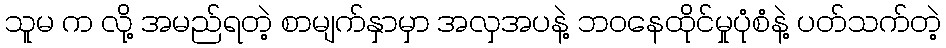
သူမ က လို့ အမည်ရတဲ့ စာမျက်နှာမှာ အလှအပနဲ့ ဘဝနေထိုင်မှုပုံစံနဲ့ ပတ်သက်တဲ့